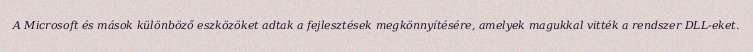
A Microsoft és mások különböző eszközöket adtak a fejlesztések megkönnyítésére, amelyek magukkal vitték a rendszer DLL-eket.